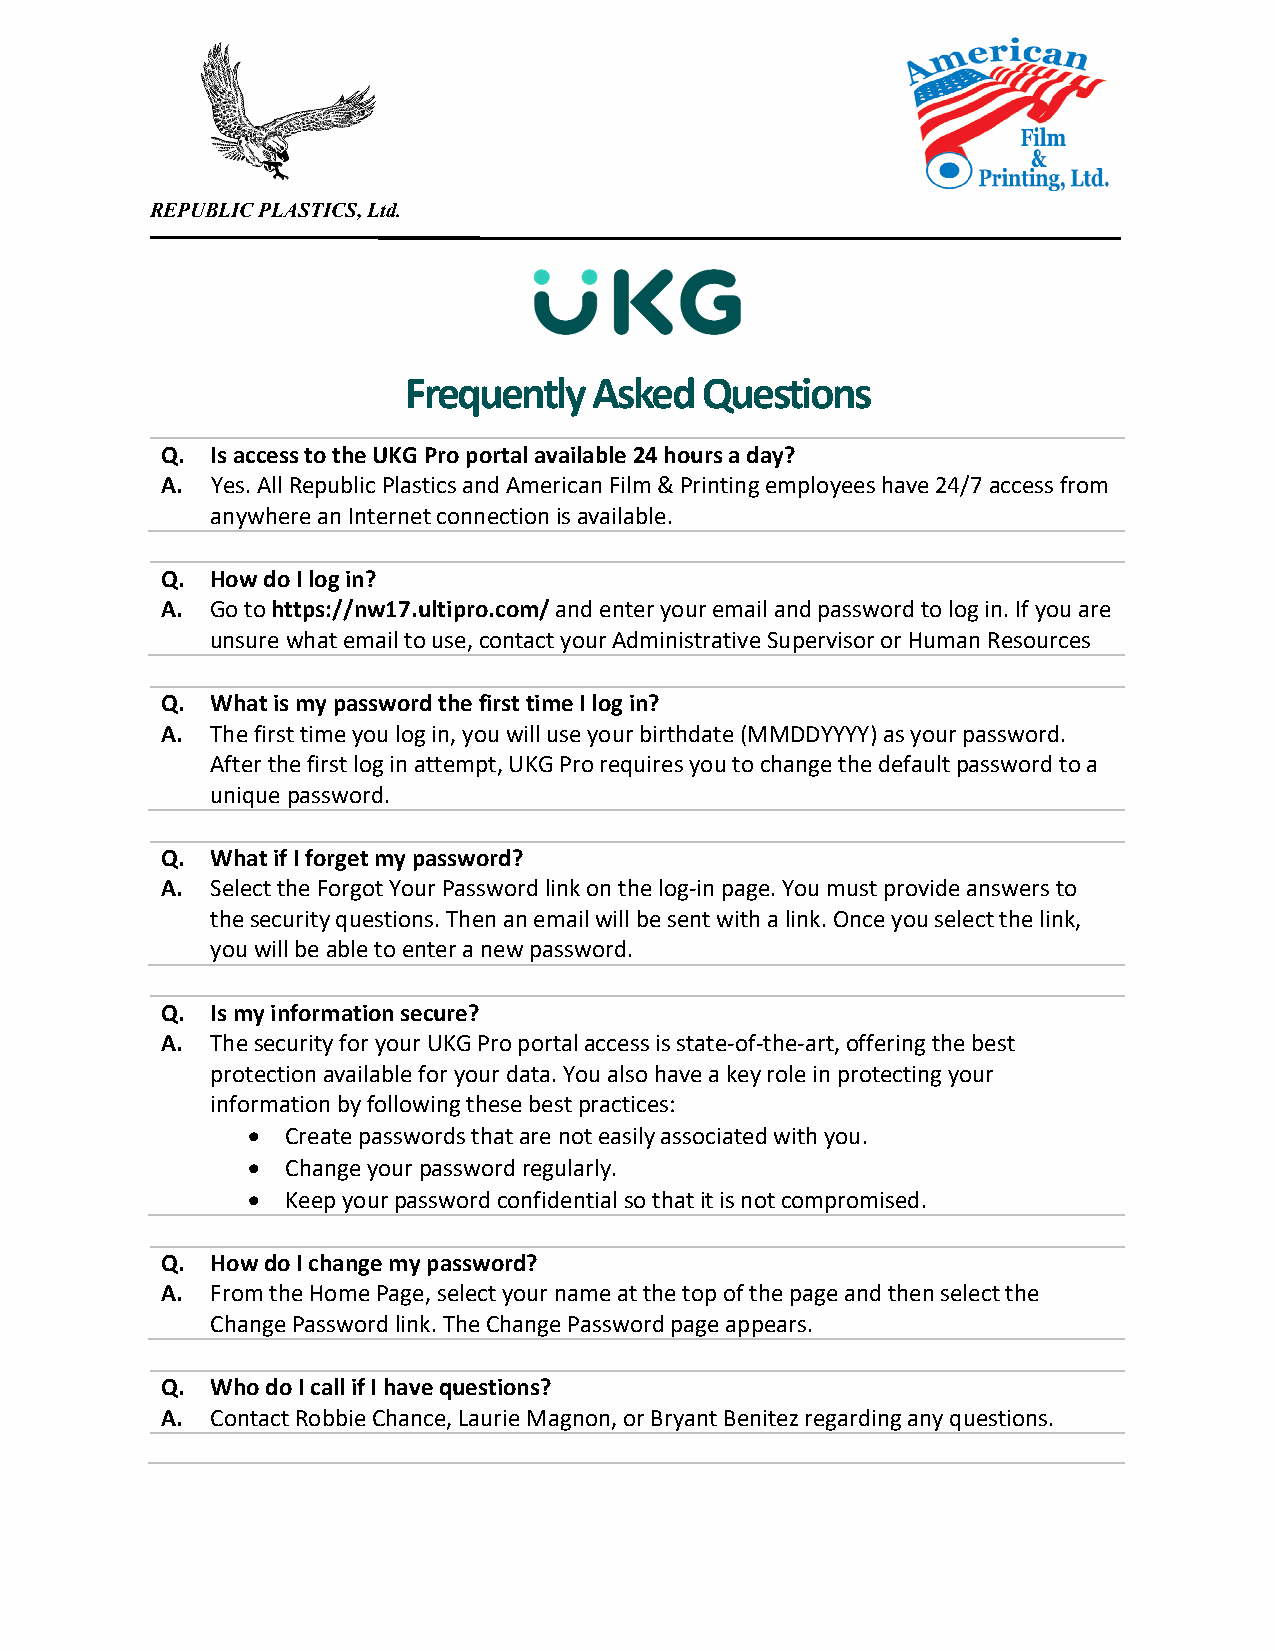
REPUBLIC PLASTICS, Ltd.
 Frequently  Asked  Questions
 Q. Is access to the UKG Pro portal available 24 hours a day?
 A. Yes. All Republic Plastics and American Film & Printing employees have 24/7 access from
 anywhere an Internet connection is available.
 Q. How do I log in?
 A. Go to https://nw17.ultipro.com/ and enter your email and password to log in. If you are
 unsure what email to use, contact your Administrative Supervisor or Human Resources
 Q. What is my password the first time I log in?
 A. The first time you log in, you will use your birthdate (MMDDYYYY) as your password.
 After the first log in attempt, UKG Pro requires you to change the default password to a
 unique password.
 Q. What if I forget my password?
 A. Select the Forgot Your Password link on the log‐in page. You must provide answers to
 the security questions. Then an email will be sent with a link. Once you select the link,
 you will be able to enter a new password.
 Q. Is my information secure?
 A. The security for your UKG Pro portal access is state‐of‐the‐art, offering the best
 protection available for your data. You also have a key role in protecting your
 information by following these best practices:
   Create passwords that are not easily associated with you.
   Change your password regularly.
   Keep your password confidential so that it is not compromised.
 Q. How do I change my password?
 A. From the Home Page, select your name at the top of the page and then select the
 Change Password link. The Change Password page appears.
 Q. Who do I call if I have questions?
 A. Contact Robbie Chance, Laurie Magnon, or Bryant Benitez regarding any questions.